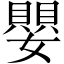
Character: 嬰